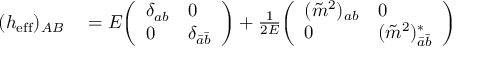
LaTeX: \begin{array} { r l } { ( h _ { \mathrm { e f f } } ) _ { A B } } & { { } = E { \left( \begin{array} { l l } { \delta _ { a b } } & { 0 } \\ { 0 } & { \delta _ { { \bar { a } } { \bar { b } } } } \end{array} \right) } + { \frac { 1 } { 2 E } } { \left( \begin{array} { l l } { ( { \tilde { m } } ^ { 2 } ) _ { a b } } & { 0 } \\ { 0 } & { ( { \tilde { m } } ^ { 2 } ) _ { { \bar { a } } { \bar { b } } } ^ { * } } \end{array} \right) } } \end{array}